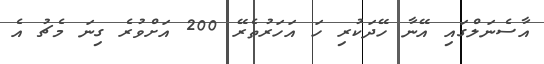
އާސެނަލްގައި އޭނާ ހޭދަކުރި ހަ އަހަރުތެރޭ 200 އަށްވުރެ ގިނަ މެޗު އެ